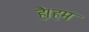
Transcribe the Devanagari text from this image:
है।हम